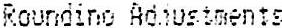
ROUNDING ADJUSTMENTS